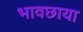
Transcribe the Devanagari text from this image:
भावछाया